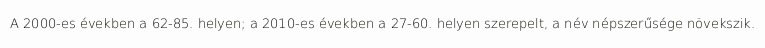
A 2000-es években a 62-85. helyen; a 2010-es években a 27-60. helyen szerepelt, a név népszerűsége növekszik.